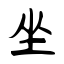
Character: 坐